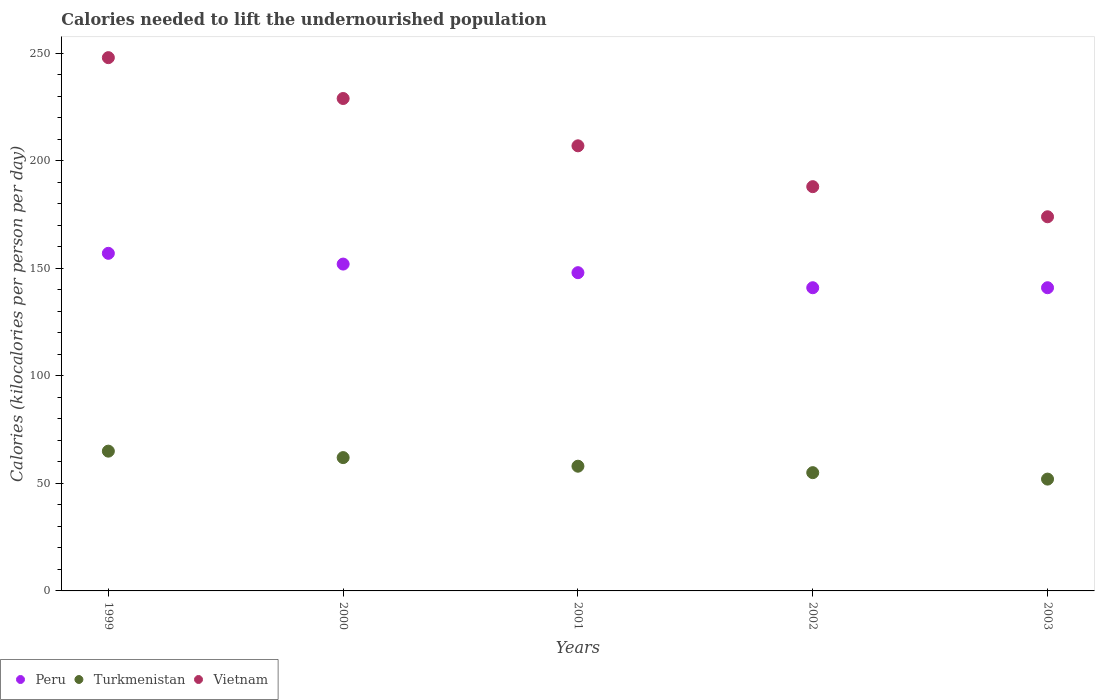
| Years | Peru | Turkmenistan | Vietnam |
 | --- | --- | --- | --- |
 | 1999 | 157 | 65 | 248 |
 | 2000 | 152 | 62 | 229 |
 | 2001 | 148 | 58 | 207 |
 | 2002 | 141 | 55 | 188 |
 | 2003 | 141 | 52 | 174 |